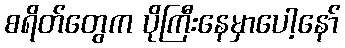
စရိတ်တွေက ပိုကြီးနေမှာပေါ့နော်